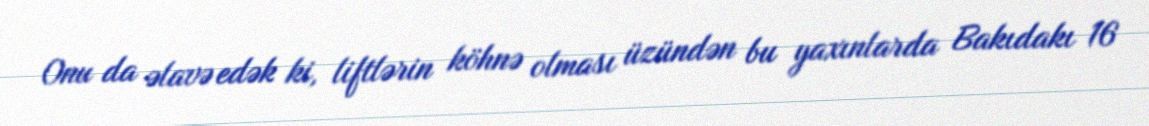
Onu da əlavə edək ki, liftlərin köhnə olması üzündən bu yaxınlarda Bakıdakı 16